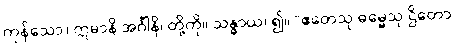
ကုန်သော။ ဣမာနိ အင်္ဂါနိ၊ တို့ကို။ သန္ဓာယ၊ ၍။ “ဧတေသု ဓမ္မေသု ဌိတော